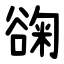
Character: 䜯